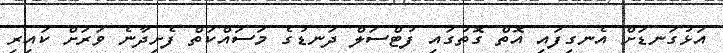
އަޅުގަނޑަށް އެނގިފައި އޮތް ގޮތުގައި ފުޓްސަލް ދަނޑުގެ މަސައްކަތް ފެށިދާނެ ވަރަށް ކައިރި